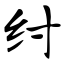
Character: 纣